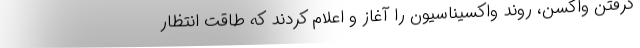
گرفتن واکسن، روند واکسیناسیون را آغاز و اعلام کردند که طاقت انتظار